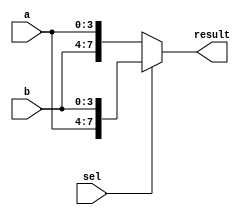
module vector_continuous_assignment (
    input wire [3:0] a,          // 4-bit input signal
    input wire [3:0] b,          // Another 4-bit input signal
    input wire sel,              // Selection signal for multiplexer
    output wire [7:0] result     // 8-bit output vector signal
);

// Continuous assignment for the output vector 'result'
assign result = (sel) ? {a, b} : {b, a}; // Concatenate a and b or b and a based on sel

endmodule